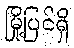
မြို့ပြင်ရှိ